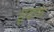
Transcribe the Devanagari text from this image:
छ्वारु